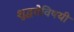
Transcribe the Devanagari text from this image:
शुद्धतेविषयी